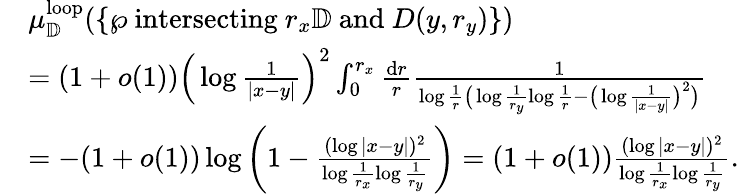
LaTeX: \begin{array}{rl}&{\mu_{\mathbb{D}}^{\mathrm{loop}}(\{ \wp\mathrm{~intersecting~}r_{x}\mathbb{D}\mathrm{~and~}D(y,r_{y})\} )}\\ &{=(1+o(1))\Big(\log\frac{1}{|x-y|}\Big)^{2}\int_{0}^{r_{x}}\frac{\mathrm{d}r}{r}\frac{1}{\log\frac{1}{r}\big(\log\frac{1}{r_{y}}\log\frac{1}{r}-\big(\log\frac{1}{|x-y|}\big)^{2}\big)}}\\ &{=-(1+o(1))\log\left(1-\frac{(\log|x-y|)^{2}}{\log\frac{1}{r_{x}}\log\frac{1}{r_{y}}}\right)=(1+o(1))\frac{(\log|x-y|)^{2}}{\log\frac{1}{r_{x}}\log\frac{1}{r_{y}}}.}\end{array}